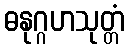
ဓနုဂ္ဂဟသုတ္တံ